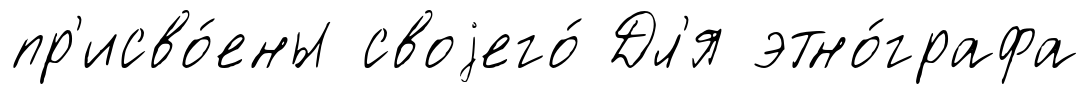
пр'исво́ены своjего́ Дл'я этно́графа